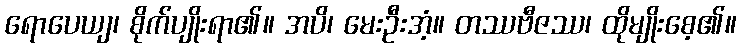
ရောပေယျ၊ စိုက်ပျိုးရာ၏။ အပိ၊ မေးဦးအံ့။ တဿဗီဇဿ၊ ထိုမျိုးစေ့၏။